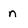
Character: n